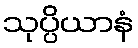
သုပ္ပိယာနံ